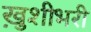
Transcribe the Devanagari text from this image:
ख़ुशीभरी